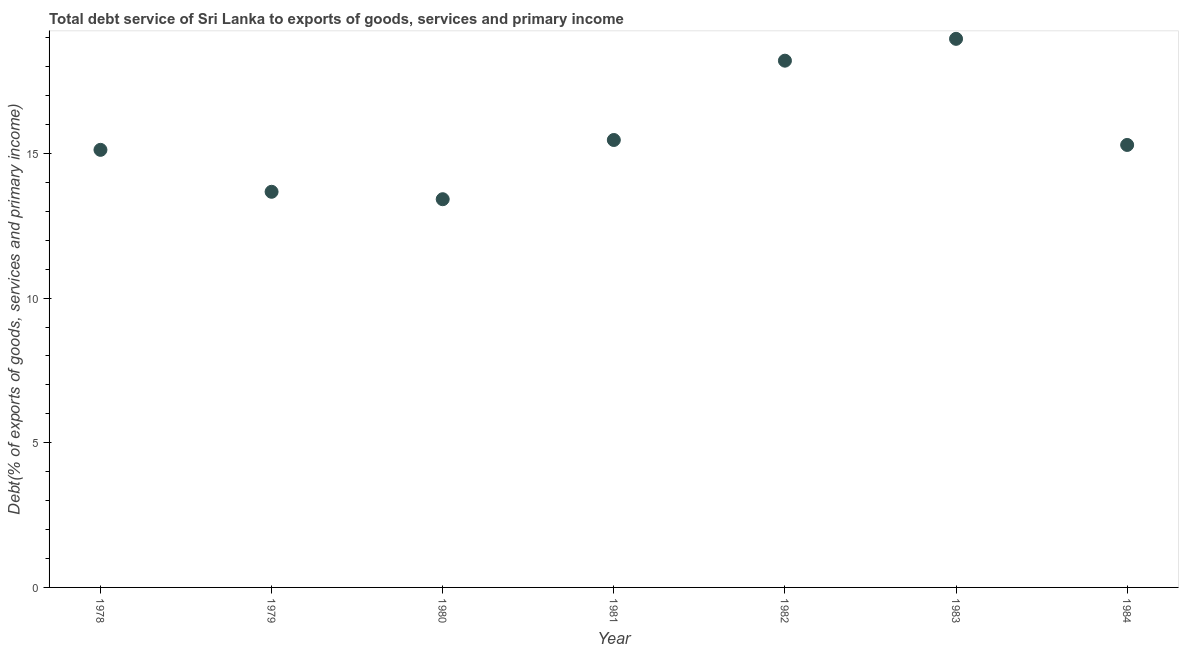
| Year | Total debt service |
 | --- | --- |
 | 1978 | 15.1 |
 | 1979 | 13.7 |
 | 1980 | 13.4 |
 | 1981 | 15.5 |
 | 1982 | 18.2 |
 | 1983 | 19 |
 | 1984 | 15.3 |